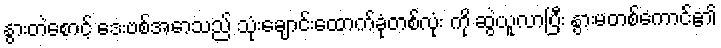
နွားတဲစောင့် ဒေးဗစ်အောသည် သုံးချောင်းထောက်ခုံတစ်လုံး ကို ဆွဲယူလာပြီး နွားမတစ်ကောင်၏